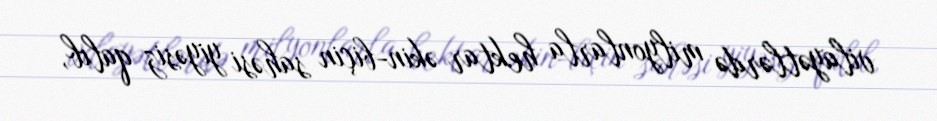
vilayətlərdə milyonlarla hektar əkin-biçin sahəsi yiyəsiz qalıb,